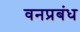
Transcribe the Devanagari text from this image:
वनप्रबंध